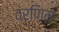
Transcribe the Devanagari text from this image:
वर्णिम